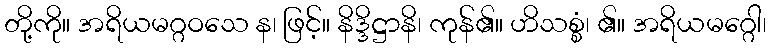
တို့ကို။ အရိယမဂ္ဂဝသေ န၊ ဖြင့်။ နိဒ္ဒိဋ္ဌာနိ၊ ကုန်၏။ ဟိသစ္စံ၊ ၏။ အရိယမဂ္ဂေါ၊